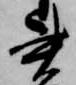
書